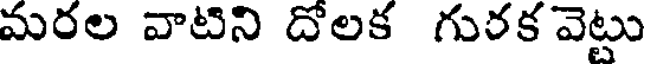
మరల వాటిని దోలక గురక వెట్టు